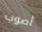
أصوب